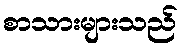
စာသားများသည်